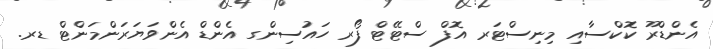
އެންޑްރޫ ކޮކްސާއި މިނިސްޓަރ އޮފް ސްޓޭޓް ފޯރ ހައުސިންގ އެންޑް އެންވަޔަރަންމަންޓް ޑރ.